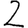
Digit: 2